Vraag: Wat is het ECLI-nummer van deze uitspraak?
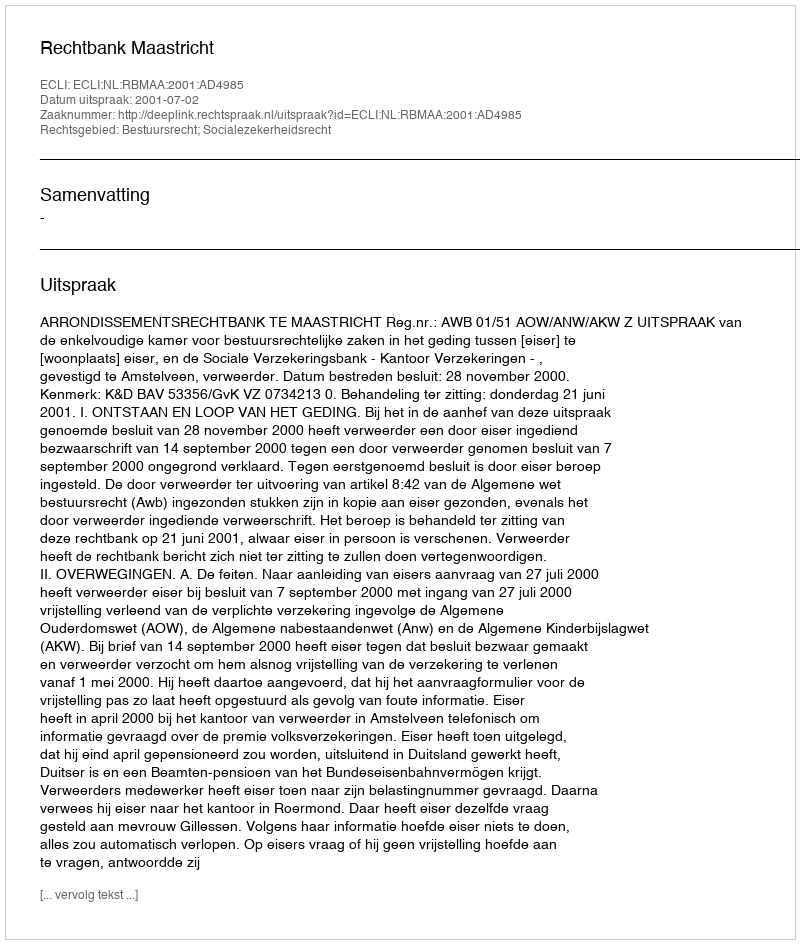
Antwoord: ECLI:NL:RBMAA:2001:AD4985